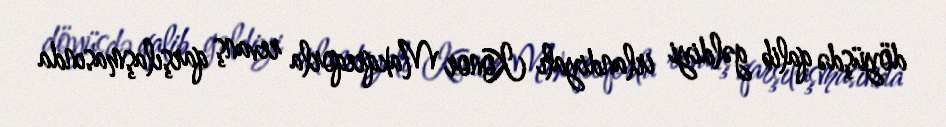
döyüşdə qalib gəldiyi irlandiyalı Konor Makqreqorla revanş qarşılaşmasında